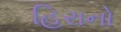
હિરાનો